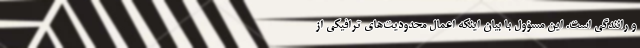
و رانندگی است. این مسؤول با بیان اینکه اعمال محدودیت‌های ترافیکی از